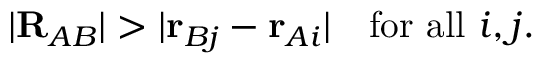
| \mathbf { R } _ { A B } | > | \mathbf { r } _ { B j } - \mathbf { r } _ { A i } | \quad { \mathrm { f o r ~ a l l ~ } } i , j .